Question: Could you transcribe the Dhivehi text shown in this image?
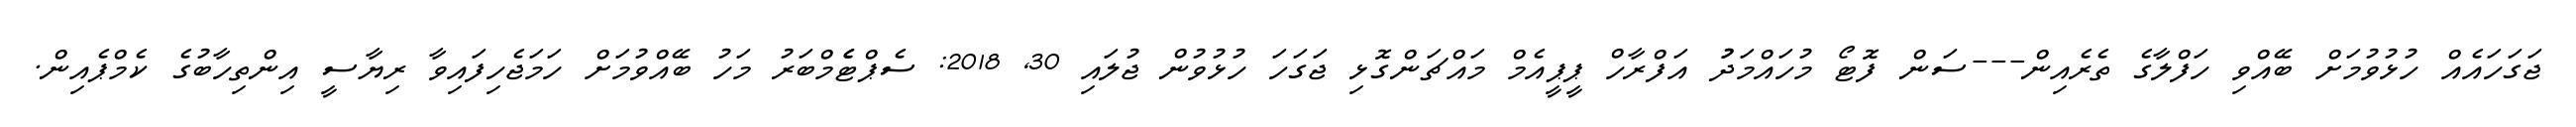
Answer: ޖަގަހައެއް ހުޅުވުމަށް ބޭއްވި ހަފްލާގެ ތެރެއިން---ސަން ފޮޓޯ މުހައްމަދުު އަފްރާހް ޕީޕީއެމް މައްޗަންގޮޅި ޖަގަހަ ހުޅުވުން ޖުލައި 30, 2018: ސެޕްޓެެމްބަރު މަހު ބޭއްވުމަށް ހަމަޖެހިފައިވާ ރިޔާސީ އިންތިހާބުގެ ކެމްޕެއިން.